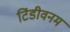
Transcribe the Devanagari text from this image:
टिंडीवनम